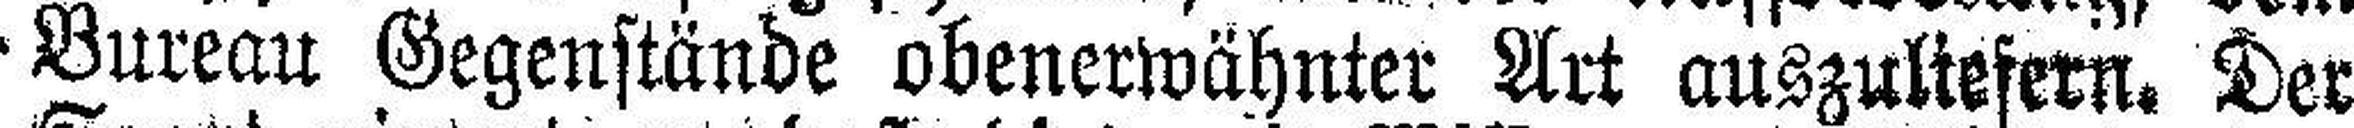
Bureau Gegenstände obenerwähnter Art auszuliefern. Der